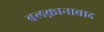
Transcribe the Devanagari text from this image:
बलक़ानाबाद